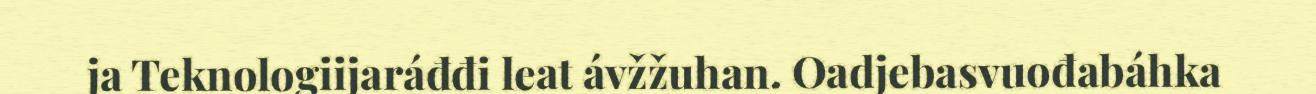
ja Teknologiijaráđđi leat ávžžuhan. Oadjebasvuođabáhka